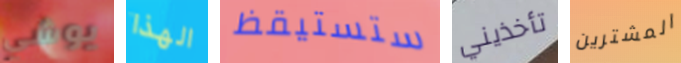
يوشي الهذا ستستيقظ تأخذيني المشترين